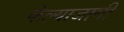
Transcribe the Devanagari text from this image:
केल्याजागी